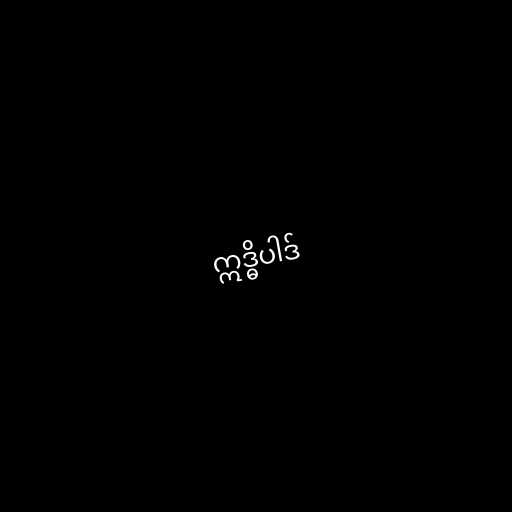
ဣဒ္ဓိပါဒ်